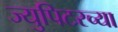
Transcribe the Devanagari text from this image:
ज्युपिटरच्या